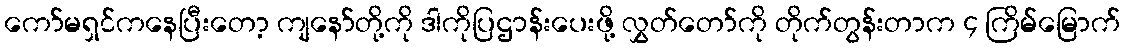
ကော်မရှင်ကနေပြီးတော့ ကျနော်တို့ကို ဒါကိုပြဌာန်းပေးဖို့ လွှတ်တော်ကို တိုက်တွန်းတာက ၄ ကြိမ်မြောက်